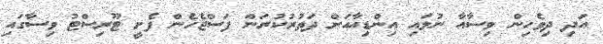
އަދި ދިވެހިން ވިސާއާ ނުލައި އިންޑިއާއަށް ދަތުރުކުރަން ފަސްޖެހެން ފެށީ ޓޫރިސްޓު ވިސާގައި